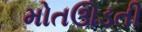
મોતઊડતી